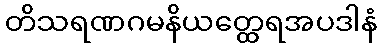
တိသရဏဂမနိယတ္ထေရအပဒါနံ